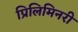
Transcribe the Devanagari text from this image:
प्रिलिमिनरी